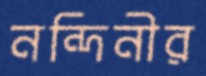
নন্দিনীর